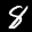
Label: 8